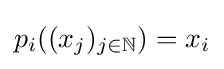
p_{i}((x_{j})_{j\in \mathbb {N} })=x_{i}